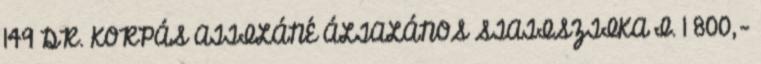
149 DR. KORPÁS ATTILÁNÉ ÁLTALÁNOS STATISZTIKA I. 1 800,-